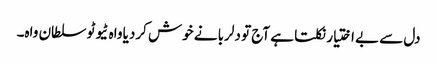
دل سے بے اختیار نکلتا ہے آج تو دلربا نے خوش کردیا واہ ٹیوٹو سلطان واہ۔